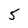
Character: 5